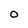
Character: O